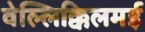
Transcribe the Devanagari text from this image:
वेल्लिक्किलमई